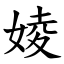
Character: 婈